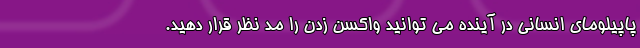
پاپیلومای انسانی در آینده می توانید واکسن زدن را مد نظر قرار دهید.